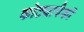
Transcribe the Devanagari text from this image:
कोट्यापैकी